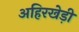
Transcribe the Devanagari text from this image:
अहिरखेड़ी